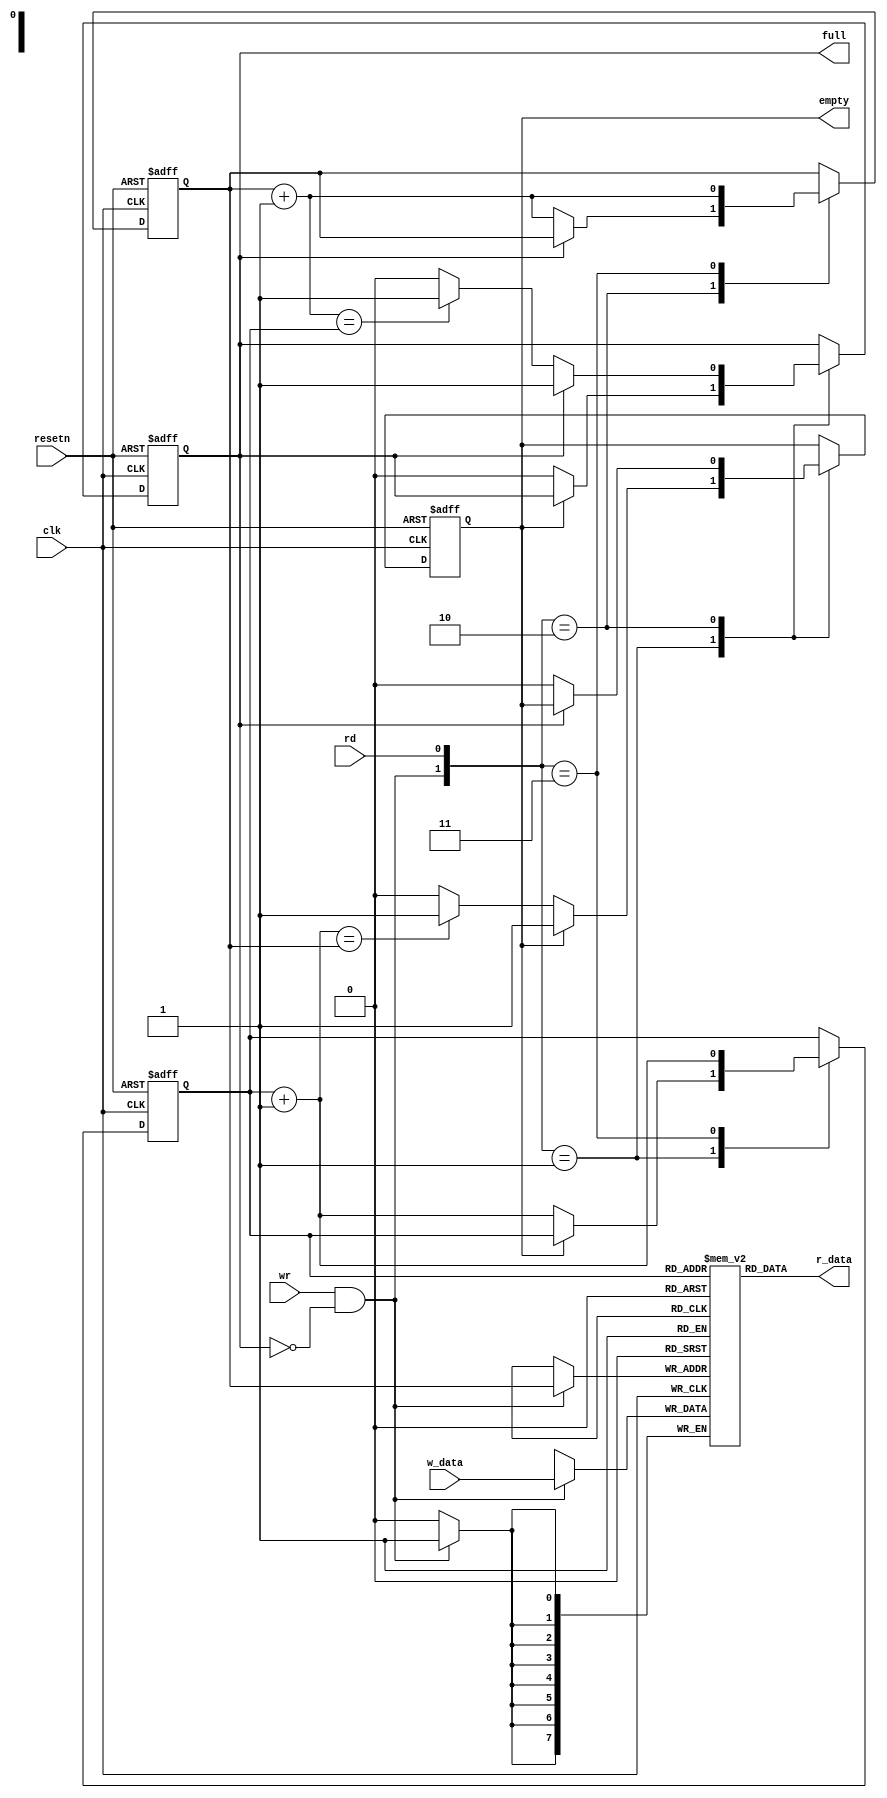
//////////////////////////////////////////////////////////////////////////////////
//END USER LICENCE AGREEMENT                                                    //
//                                                                              //
//Copyright (c) 2012, ARM All rights reserved.                                  //
//                                                                              //
//THIS END USER LICENCE AGREEMENT (LICENCE) IS A LEGAL AGREEMENT BETWEEN      //
//YOU AND ARM LIMITED ("ARM") FOR THE USE OF THE SOFTWARE EXAMPLE ACCOMPANYING  //
//THIS LICENCE. ARM IS ONLY WILLING TO LICENSE THE SOFTWARE EXAMPLE TO YOU ON   //
//CONDITION THAT YOU ACCEPT ALL OF THE TERMS IN THIS LICENCE. BY INSTALLING OR  //
//OTHERWISE USING OR COPYING THE SOFTWARE EXAMPLE YOU INDICATE THAT YOU AGREE   //
//TO BE BOUND BY ALL OF THE TERMS OF THIS LICENCE. IF YOU DO NOT AGREE TO THE   //
//TERMS OF THIS LICENCE, ARM IS UNWILLING TO LICENSE THE SOFTWARE EXAMPLE TO    //
//YOU AND YOU MAY NOT INSTALL, USE OR COPY THE SOFTWARE EXAMPLE.                //
//                                                                              //
//ARM hereby grants to you, subject to the terms and conditions of this Licence,//
//a non-exclusive, worldwide, non-transferable, copyright licence only to       //
//redistribute and use in source and binary forms, with or without modification,//
//for academic purposes provided the following conditions are met:              //
//a) Redistributions of source code must retain the above copyright notice, this//
//list of conditions and the following disclaimer.                              //
//b) Redistributions in binary form must reproduce the above copyright notice,  //
//this list of conditions and the following disclaimer in the documentation     //
//and/or other materials provided with the distribution.                        //
//                                                                              //
//THIS SOFTWARE EXAMPLE IS PROVIDED BY THE COPYRIGHT HOLDER "AS IS" AND ARM     //
//EXPRESSLY DISCLAIMS ANY AND ALL WARRANTIES, EXPRESS OR IMPLIED, INCLUDING     //
//WITHOUT LIMITATION WARRANTIES OF MERCHANTABILITY AND FITNESS FOR A PARTICULAR //
//PURPOSE, WITH RESPECT TO THIS SOFTWARE EXAMPLE. IN NO EVENT SHALL ARM BE LIABLE/
//FOR ANY DIRECT, INDIRECT, INCIDENTAL, PUNITIVE, OR CONSEQUENTIAL DAMAGES OF ANY/
//KIND WHATSOEVER WITH RESPECT TO THE SOFTWARE EXAMPLE. ARM SHALL NOT BE LIABLE //
//FOR ANY CLAIMS, DAMAGES OR OTHER LIABILITY, WHETHER IN AN ACTION OF CONTRACT, //
//TORT OR OTHERWISE, ARISING FROM, OUT OF OR IN CONNECTION WITH THE SOFTWARE    //
//EXAMPLE OR THE USE OR OTHER DEALINGS IN THE SOFTWARE EXAMPLE. FOR THE AVOIDANCE/
// OF DOUBT, NO PATENT LICENSES ARE BEING LICENSED UNDER THIS LICENSE AGREEMENT.//
//////////////////////////////////////////////////////////////////////////////////


module FIFO #(parameter DWIDTH=8, AWIDTH=1)
(
  input wire clk,
  input wire resetn,
  input wire rd,
  input wire wr,
  input wire [DWIDTH-1:0] w_data,
  
  output wire empty,
  output wire full,
  output wire [DWIDTH-1:0] r_data
);

//Internal Signal declarations

  reg [DWIDTH-1:0] array_reg [2**AWIDTH-1:0];
  reg [AWIDTH-1:0] w_ptr_reg;
  reg [AWIDTH-1:0] w_ptr_next;
  reg [AWIDTH-1:0] w_ptr_succ;
  reg [AWIDTH-1:0] r_ptr_reg;
  reg [AWIDTH-1:0] r_ptr_next;
  reg [AWIDTH-1:0] r_ptr_succ;
  
  reg full_reg;
  reg empty_reg;
  reg full_next;
  
  
  
  
  
  reg empty_next;
  
  wire w_en;
  

  always @ (posedge clk)
    if(w_en)
    begin
      array_reg[w_ptr_reg] <= w_data;
    end

  assign r_data = array_reg[r_ptr_reg];   

  assign w_en = wr & ~full_reg;           

//State Machine
  always @ (posedge clk, negedge resetn)
  begin
    if(!resetn)
      begin
        w_ptr_reg <= 0;
        r_ptr_reg <= 0;
        full_reg <= 1'b0;
        empty_reg <= 1'b1;
      end
    else
      begin
        w_ptr_reg <= w_ptr_next;
        r_ptr_reg <= r_ptr_next;
        full_reg <= full_next;
        empty_reg <= empty_next;
      end
  end


//Next State Logic
  always @*
  begin
    w_ptr_succ = w_ptr_reg + 1;
    r_ptr_succ = r_ptr_reg + 1;
    
    w_ptr_next = w_ptr_reg;
    r_ptr_next = r_ptr_reg;
    full_next = full_reg;
    empty_next = empty_reg;
    
    case({w_en,rd})
      //2'b00: nop
      2'b01:
        if(~empty_reg)
          begin
            r_ptr_next = r_ptr_succ;
            full_next = 1'b0;
            if (r_ptr_succ == w_ptr_reg)
              empty_next = 1'b1;
          end
      2'b10:
        if(~full_reg)
          begin
            w_ptr_next = w_ptr_succ;
            empty_next = 1'b0;
            if (w_ptr_succ == r_ptr_reg)
              full_next = 1'b1;
          end
      2'b11:
        begin
          w_ptr_next = w_ptr_succ;
          r_ptr_next = r_ptr_succ;
        end
    endcase
  end

//Set Full and Empty

  assign full = full_reg;
  assign empty = empty_reg;
  
endmodule